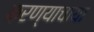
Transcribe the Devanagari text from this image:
करण्याचाया